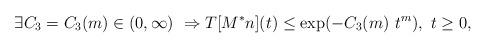
LaTeX: \begin{align*} \exists C_3 = C_3(m) \in (0,\infty) \ \Rightarrow T[M^*n](t) \le \exp(- C_3(m) \ t^m), \ t \ge 0,\end{align*}